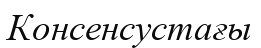
Консенсустағы